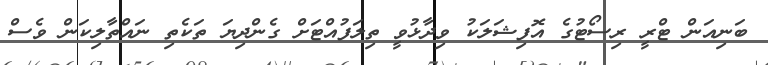
ބަނިއަން ޓްރީ ރިސޯޓުގެ އޮފިޝަލަކު ވިދާޅުވީ ތިލަފުއްޓަށް ގެންދިޔަ ތަކެތި ނައްތާލިކަން ވެސް